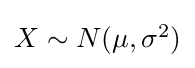
{\textstyle X\sim N(\mu ,\sigma ^{2})}